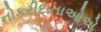
નોકરીદાતાઓએ